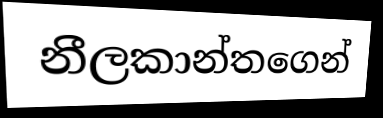
නීලකාන්තගෙන්